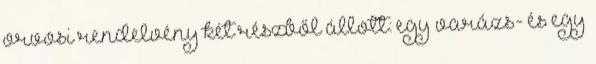
orvosi rendelvény két részből állott: egy varázs- és egy